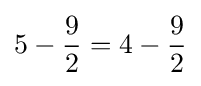
5-{\frac {9}{2}}=4-{\frac {9}{2}}